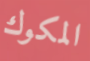
المكوك